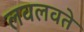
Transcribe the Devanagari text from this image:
लवलवते